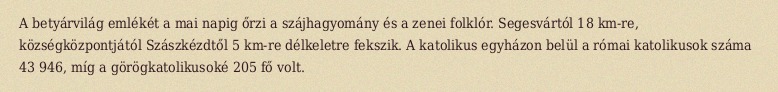
A betyárvilág emlékét a mai napig őrzi a szájhagyomány és a zenei folklór. Segesvártól 18 km-re, községközpontjától Szászkézdtől 5 km-re délkeletre fekszik. A katolikus egyházon belül a római katolikusok száma 43 946, míg a görögkatolikusoké 205 fő volt.